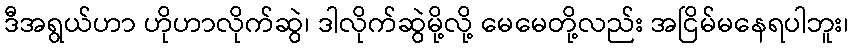
ဒီအရွယ်ဟာ ဟိုဟာလိုက်ဆွဲ၊ ဒါလိုက်ဆွဲမို့လို့ မေမေတို့လည်း အငြိမ်မနေရပါဘူး၊